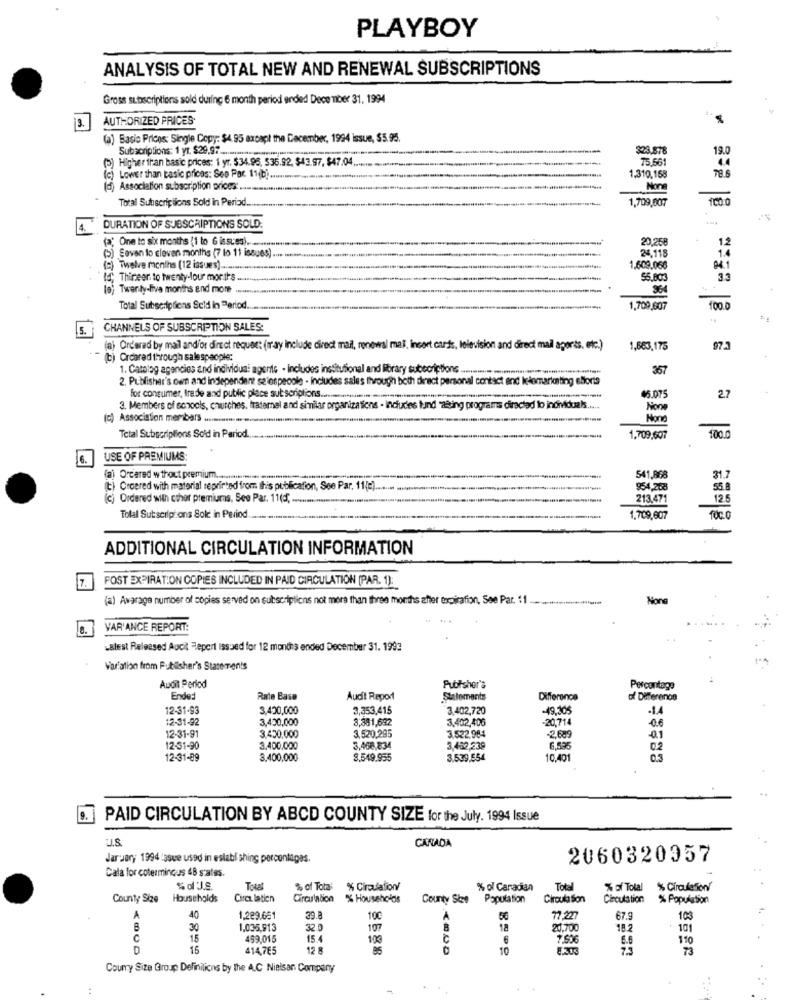
PLAYBOY
ANALYSIS OF TOTAL NEW AND RENEWAL SUBSCRIPTIONS
Gross subscriptions sold during 6 month period ended December 31, 1994
AUTHORIZED PRICES
3
(a) Basic Prices: Single Copy ;: $4. 95 axcapt the December, 1994 issue, $5.95.
Subscriptions: 1 yr. $29.97 ...
323.878
19.0
() Higher iran basic prices: 1 yr. $34.95, 536.92. $43.97, $47.04 ..
75.561
Lower than basic prices: Seo Par 11ibi
1,310,158
(d) Association subscription prices: .........
Total Subscriptions Sold in Period ....
1,709,007
100 0
.DURATION OF SUBSCRIPTIONS SOLD.
20,258
1.2
(a; One to six months {1 to G issues) .......
14
Seven lo eleven months (7 lo 11 issues).
24,118
Twelve months (12 issues) ........
1,609.066
04.1
4 Thineer to twenty-lour mor th's.
55.60
33
(e) Twenty-Five months and more
Total Subscripliens Seid in Period.
1,709,607
100.0
CHANNELS OF SUBSCRIPTION SALES:
(a) Ordered by mail and/or direct request (may Include direct mail, renewal mai, incort cards, television and direct mail aports. etc.)
1,663,175
97.3
(b) Ordered through salespeople:
1. Catolag agencies and individual agents - includes institutional and library subscriptions
357
2. Publisher's own and independent selospecolo - includes sales Ihvough both direct personal contact and kelemarioting efforts
45.075
for consumer, trade and public place sut scriptions .......
27
3. Members of schools, churches, fraternel and similar organizations - includes tund "aRing programms
directed lo inondduals .....
(c) Association members ..
Hond
Total Subscriptions Sold in Period.
--
1,709,607
100.
6.
USE OF PREMIUMS:
(a) Ordered without premium ...................
541,868
31.
(t) Croered with material seprinted from this publication, Sce Par. 11(=)
954,268
55.8
(c) Ordered with cthor premiums, See Par. 11(d; ......
213.471
12.5
Total Sut seilpions Sold in Period
1.709,607
19
ADDITIONAL CIRCULATION INFORMATION
FOST EXPIRATION COPIES INCLUDED IN PAID CIRCULATION (PAR. 1):
(a) Avarage number of copies served on subscriptions not more than three months after expirafion, See Par. 11.
VAR'ANCE REPORT:
Latest Released Audit Report Issued for 12 months ended December 31. 1993
Var'ation from Publisher's Statements
Audit Period
Publisher's
Percentage
Ende:
Rate Base
Audit Report
Statements
Difference
of Differenon
12-31-93
3,420,000
3,353,415
3,402,720
-49,305
-14
12-31-92
3,430,000
3,381,692
3,402,406
-20,714
0.6
12-31-91
3.450,000
3,520,295
3.522.984
-2,689
12-31-90
3.400,000
3,468,834
3,452,239
6,595
02
12-31-89
3.400,000
8.549.955
3,539,554
10,401
0.3
PAID CIRCULATION BY ABCD COUNTY SIZE for the July. 1994 Issue
CANADA
January 1994 :ssve used in establishing percentages.
2060320957
Cala for cotermincus 48 states.
Total
% of Total
% Circulation/
% of Canadian
Totl
% of Total
% CirculaSon/
County Size Households
Circu lation
Circulation
% Households
County Stee
Population
Circula Son
Circulation
% Population
A
40
1.229.651
39.8
100
A
77 227
67.9
103
30
1.035,913
32.0
107
18
20,700
18.2
101
C
1.5
499,015
15.4
100
C
7.606
6.6
110
15
414,7E5
12
10
75
73
Courry Size Group Definilicns by the A.C Nielsan Company